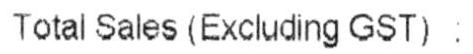
TOTAL SALES (EXCLUDING GST) :